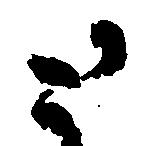
と